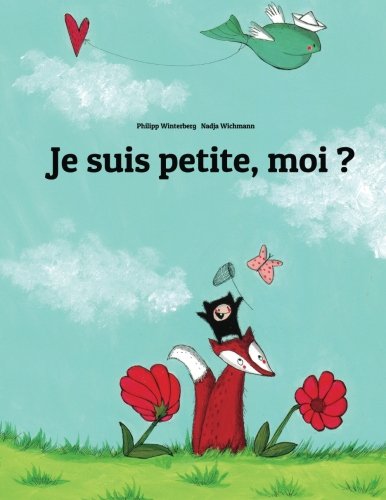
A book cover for Je suis petite, moi ? (French Edition); Philipp Winterberg; Children's Books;